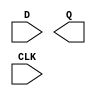
module sky130_fd_sc_hs__dfxtp (
    //# {{data|Data Signals}}
    input  D  ,
    output Q  ,

    //# {{clocks|Clocking}}
    input  CLK
);

    // Voltage supply signals
    supply1 VPWR;
    supply0 VGND;

endmodule